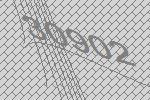
30902